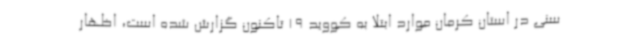
سنی در استان کرمان موارد ابتلا به کووید 19 تاکنون گزارش شده است، اظهار